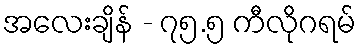
အလေးချိန် - ၇၅.၅ ကီလိုဂရမ်